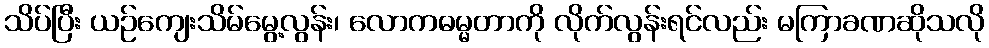
သိပ်ပြီး ယဉ်ကျေးသိမ်မွေ့လွန်း၊ လောကဓမ္မတာကို လိုက်လွန်းရင်လည်း မကြာခဏဆိုသလို